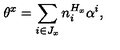
\theta ^ { x } = \sum _ { i \in J _ { x } } n _ { i } ^ { H _ { x } } \alpha ^ { i } ,